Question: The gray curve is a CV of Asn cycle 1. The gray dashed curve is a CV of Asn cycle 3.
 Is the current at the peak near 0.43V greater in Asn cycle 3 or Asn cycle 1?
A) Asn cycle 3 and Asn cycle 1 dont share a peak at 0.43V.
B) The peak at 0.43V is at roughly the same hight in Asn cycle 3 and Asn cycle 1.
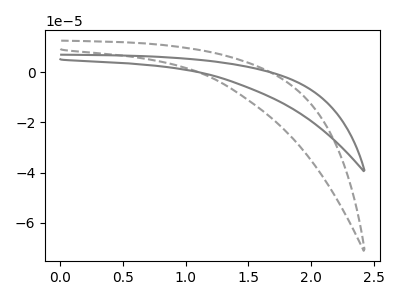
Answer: <think>The gray curve "Asn cycle 1" has no peaks. The gray dashed curve "Asn cycle 3" has no peaks.</think>
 <answer>A) "Asn cycle 3" and "Asn cycle 1" dont share a peak at 0.43V.</answer>
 <eval>A</eval>